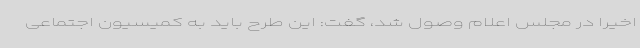
اخیرا در مجلس اعلام وصول شد، گفت: این طرح باید به کمیسیون اجتماعی